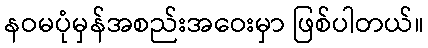
နဝမပုံမှန်အစည်းအဝေးမှာ ဖြစ်ပါတယ်။